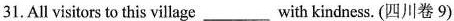
31.All visitors to this village___with kindness. (四川卷 9)